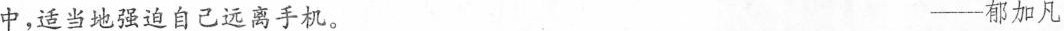
中，适当地强迫自己远离手机。 ——郁加凡